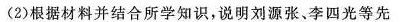
(2)根据材料并结合所学知识，说明刘源张、李四光等先